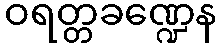
ဝရတ္တခဏ္ဍေန